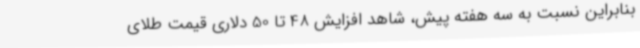
بنابراین نسبت به سه هفته پیش، شاهد افزایش 48 تا 50 دلاری قیمت طلای